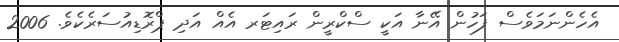
އެހެންނަމަވެސް ފަހުން އޭނާ އަކީ ސްކްރީން ރައިޓަރ އެއް އަދި ޕްރޮޑިއުސަރެކެވެ. 2006